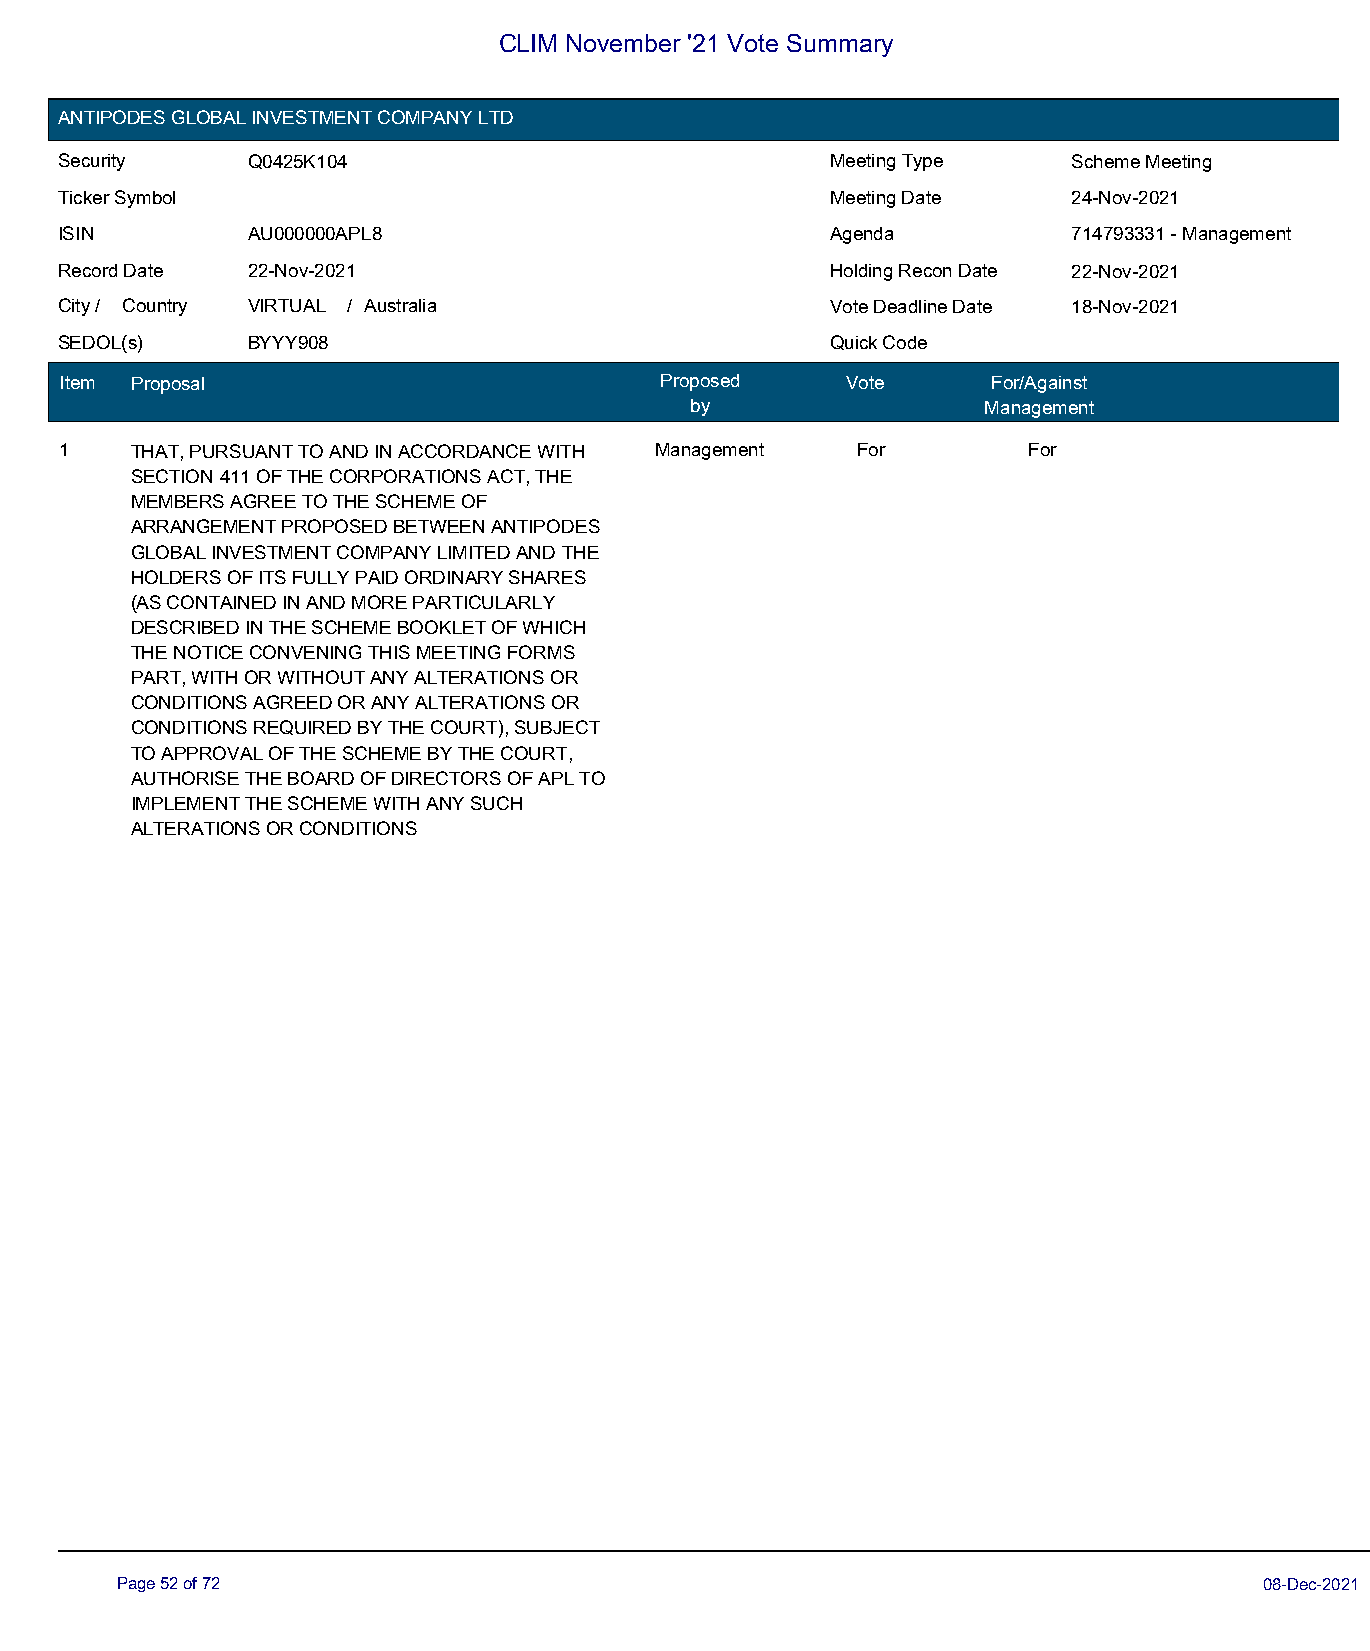
CLIM November '21 Vote Summary
 ANTIPODES GLOBAL INVESTMENT COMPANY LTD
 Security    Q0425K104                              Meeting Type    Scheme Meeting
 Ticker Symbol                                      Meeting Date    24-Nov-2021
 ISIN        AU000000APL8                           Agenda          714793331 - Management
 Record Date 22-Nov-2021                            Holding Recon Date 22-Nov-2021
 City / Country VIRTUAL / Australia                 Vote Deadline Date 18-Nov-2021
 SEDOL(s)    BYYY908                                Quick Code
 Item Proposal                           Proposed    Vote      For/Against
 by                 Management
 1    THAT, PURSUANT TO AND IN ACCORDANCE WITH Management For    For
 SECTION 411 OF THE CORPORATIONS ACT, THE
 MEMBERS AGREE TO THE SCHEME OF
 ARRANGEMENT PROPOSED BETWEEN ANTIPODES
 GLOBAL INVESTMENT COMPANY LIMITED AND THE
 HOLDERS OF ITS FULLY PAID ORDINARY SHARES
 (AS CONTAINED IN AND MORE PARTICULARLY
 DESCRIBED IN THE SCHEME BOOKLET OF WHICH
 THE NOTICE CONVENING THIS MEETING FORMS
 PART, WITH OR WITHOUT ANY ALTERATIONS OR
 CONDITIONS AGREED OR ANY ALTERATIONS OR
 CONDITIONS REQUIRED BY THE COURT), SUBJECT
 TO APPROVAL OF THE SCHEME BY THE COURT,
 AUTHORISE THE BOARD OF DIRECTORS OF APL TO
 IMPLEMENT THE SCHEME WITH ANY SUCH
 ALTERATIONS OR CONDITIONS
 Page 52 of 72                                                               08-Dec-2021